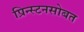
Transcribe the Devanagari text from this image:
प्रिन्स्टनसोबत